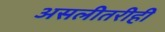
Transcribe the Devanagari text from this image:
असलीतरीही